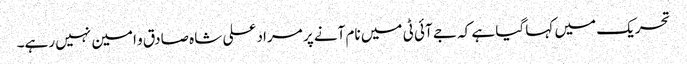
تحریک میں کہا گیا ہے کہ جے آئی ٹی میں نام آنے پر مراد علی شاہ صادق و امین نہیں رہے۔